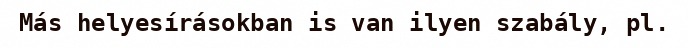
Más helyesírásokban is van ilyen szabály, pl.